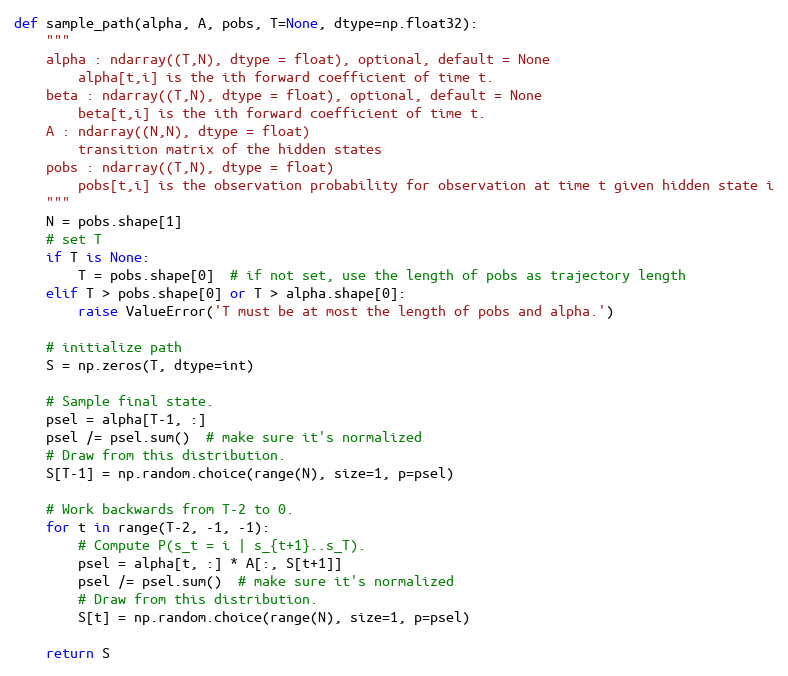
Language: Python
def sample_path(alpha, A, pobs, T=None, dtype=np.float32):
    """
    alpha : ndarray((T,N), dtype = float), optional, default = None
        alpha[t,i] is the ith forward coefficient of time t.
    beta : ndarray((T,N), dtype = float), optional, default = None
        beta[t,i] is the ith forward coefficient of time t.
    A : ndarray((N,N), dtype = float)
        transition matrix of the hidden states
    pobs : ndarray((T,N), dtype = float)
        pobs[t,i] is the observation probability for observation at time t given hidden state i
    """
    N = pobs.shape[1]
    # set T
    if T is None:
        T = pobs.shape[0]  # if not set, use the length of pobs as trajectory length
    elif T > pobs.shape[0] or T > alpha.shape[0]:
        raise ValueError('T must be at most the length of pobs and alpha.')

    # initialize path
    S = np.zeros(T, dtype=int)

    # Sample final state.
    psel = alpha[T-1, :]
    psel /= psel.sum()  # make sure it's normalized
    # Draw from this distribution.
    S[T-1] = np.random.choice(range(N), size=1, p=psel)

    # Work backwards from T-2 to 0.
    for t in range(T-2, -1, -1):
        # Compute P(s_t = i | s_{t+1}..s_T).
        psel = alpha[t, :] * A[:, S[t+1]]
        psel /= psel.sum()  # make sure it's normalized
        # Draw from this distribution.
        S[t] = np.random.choice(range(N), size=1, p=psel)

    return S